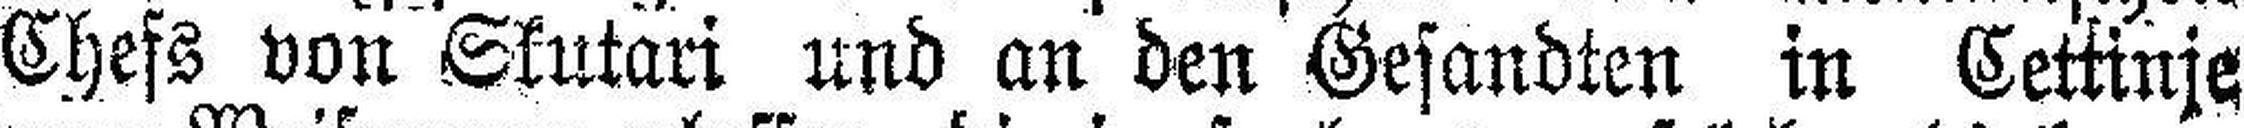
Chefs von Skutari und an den Gesandten in Cettinje